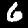
Digit: 6